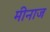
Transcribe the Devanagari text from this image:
मीनाज